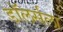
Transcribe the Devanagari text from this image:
डॉलर्सला